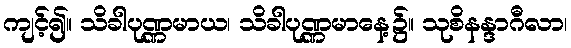
ကျင့်၍။ သိခါပုဏ္ဏမာယ၊ သိခါပုဏ္ဏမာနေ့၌။ သုစိနန္ဒာဂီလာ၊